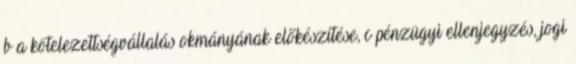
b a kötelezettségvállalás okmányának előkészítése, c pénzügyi ellenjegyzés, jogi